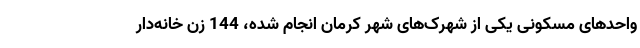
واحدهای مسکونی یکی از شهرک‌های شهر کرمان انجام شده، 144 زن خانه‌دار